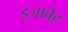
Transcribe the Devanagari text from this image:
इजाबैट